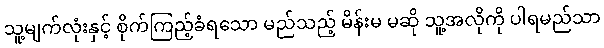
သူ့မျက်လုံးနှင့် စိုက်ကြည့်ခံရသော မည်သည့် မိန်းမ မဆို သူ့အလိုကို ပါရမည်သာ